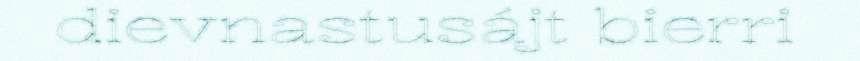
dievnastusájt bierri